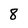
Character: 8